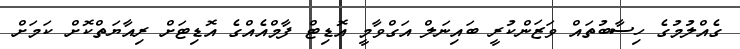
ގެއްލުމުގެ ހިސާބުތައް ވަޒަންކުރީ ބައިނަލް އަގްވާމީ އޮޑިޓް ފާމްއެއްގެ އޮޑިޓަށް ރިއާޔަތްކޮށް ކަމަށް